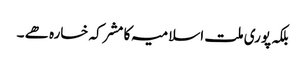
بلکہ پوری ملت اسلامیہ کا مشرکہ خسارہ ھے ۔